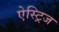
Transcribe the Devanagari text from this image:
ऐस्ट्रिज